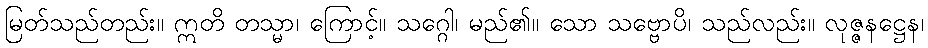
မြတ်သည်တည်း။ ဣတိ တသ္မာ၊ ကြောင့်။ သဂ္ဂေါ၊ မည်၏။ သော သဗ္ဗောပိ၊ သည်လည်း။ လုဇ္ဇနဋ္ဌေန၊